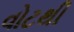
વોટથી